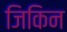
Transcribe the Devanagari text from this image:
जिकिन